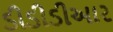
ડીડીડીઆર